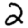
Digit: 2